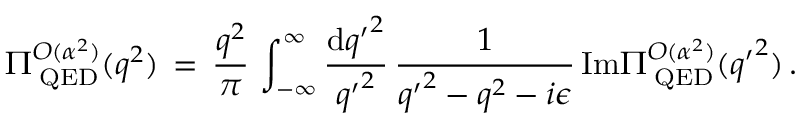
\Pi _ { \mathrm { \tiny ~ Q E D } } ^ { { \cal { O } } ( \alpha ^ { 2 } ) } ( q ^ { 2 } ) \, = \, \frac { q ^ { 2 } } { \pi } \, \int _ { - \infty } ^ { \infty } \frac { \mathrm { d } { q ^ { \prime } } ^ { 2 } } { { q ^ { \prime } } ^ { 2 } } \, \frac { 1 } { { q ^ { \prime } } ^ { 2 } - q ^ { 2 } - i \epsilon } \, \mathrm { I m } \Pi _ { \mathrm { \tiny ~ Q E D } } ^ { { \cal { O } } ( \alpha ^ { 2 } ) } ( { q ^ { \prime } } ^ { 2 } ) \, .